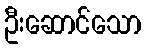
ဦးဆောင်သော